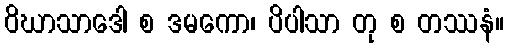
ဝိဃာသာဒေါ စ ဒမကော၊ ပိပါသာ တု စ တဿနံ။